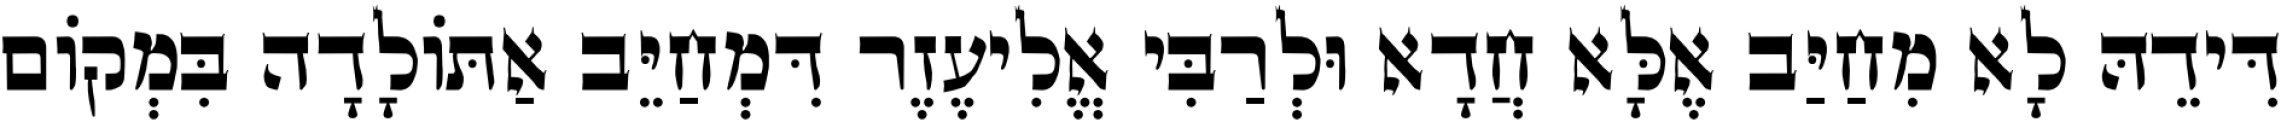
דִּידֵהּ לָא מִחַיַּב אֶלָּא חֲדָא וּלְרַבִּי אֱלִיעֶזֶר דִּמְחַיֵּב אַתּוֹלָדָה בִּמְקוֹם